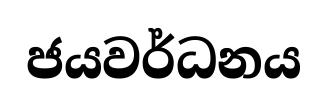
ජයවර්ධනය